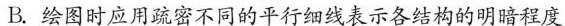
B.绘图时应用疏密不同的平行细线表示各结构的明暗程度